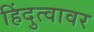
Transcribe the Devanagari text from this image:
हिंदुत्वावर